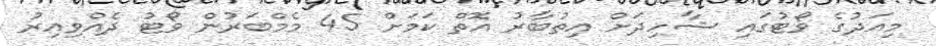
މިއަދުގެ ވޯޓުގައި ޝާހިދަށް އިތުބާރު އޮތް ކަމަށް 45 މެމްބަރުން ވޯޓު ދެއްވިއިރު